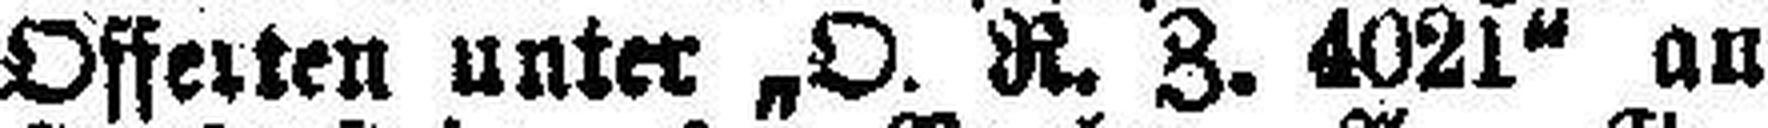
Offerten unter „O. R. Z. 4021“ an